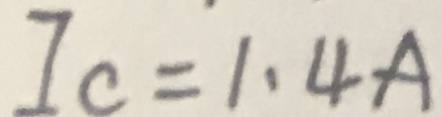
I _ { C } = 1 . 4 A